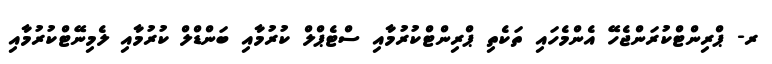
ރ- ޕްރިންޓްކުރަންޖެހޭ އެންމެހައި ތަކެތި ޕްރިންޓްކުރުމާއި ސްޓެޕްލް ކުރުމާއި ބަންޑްލް ކުރުމާއި ލެމިނޭޓްކުރުމާއި